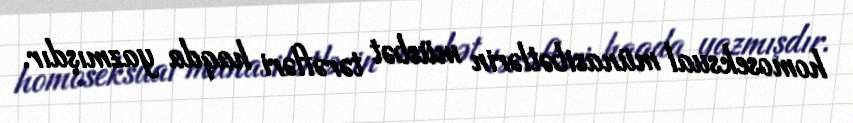
homoseksual münasibətlərin müsbət tərəfləri haqda yazmışdır.